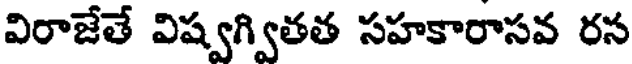
విరాజేతే విష్వగ్వితత సహకారాసవ రస